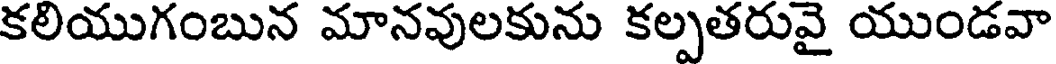
కలియుగంబున మానవులకును కల్పతరువై యుండవా